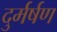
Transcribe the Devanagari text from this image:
दुर्मर्षण